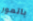
باتمور